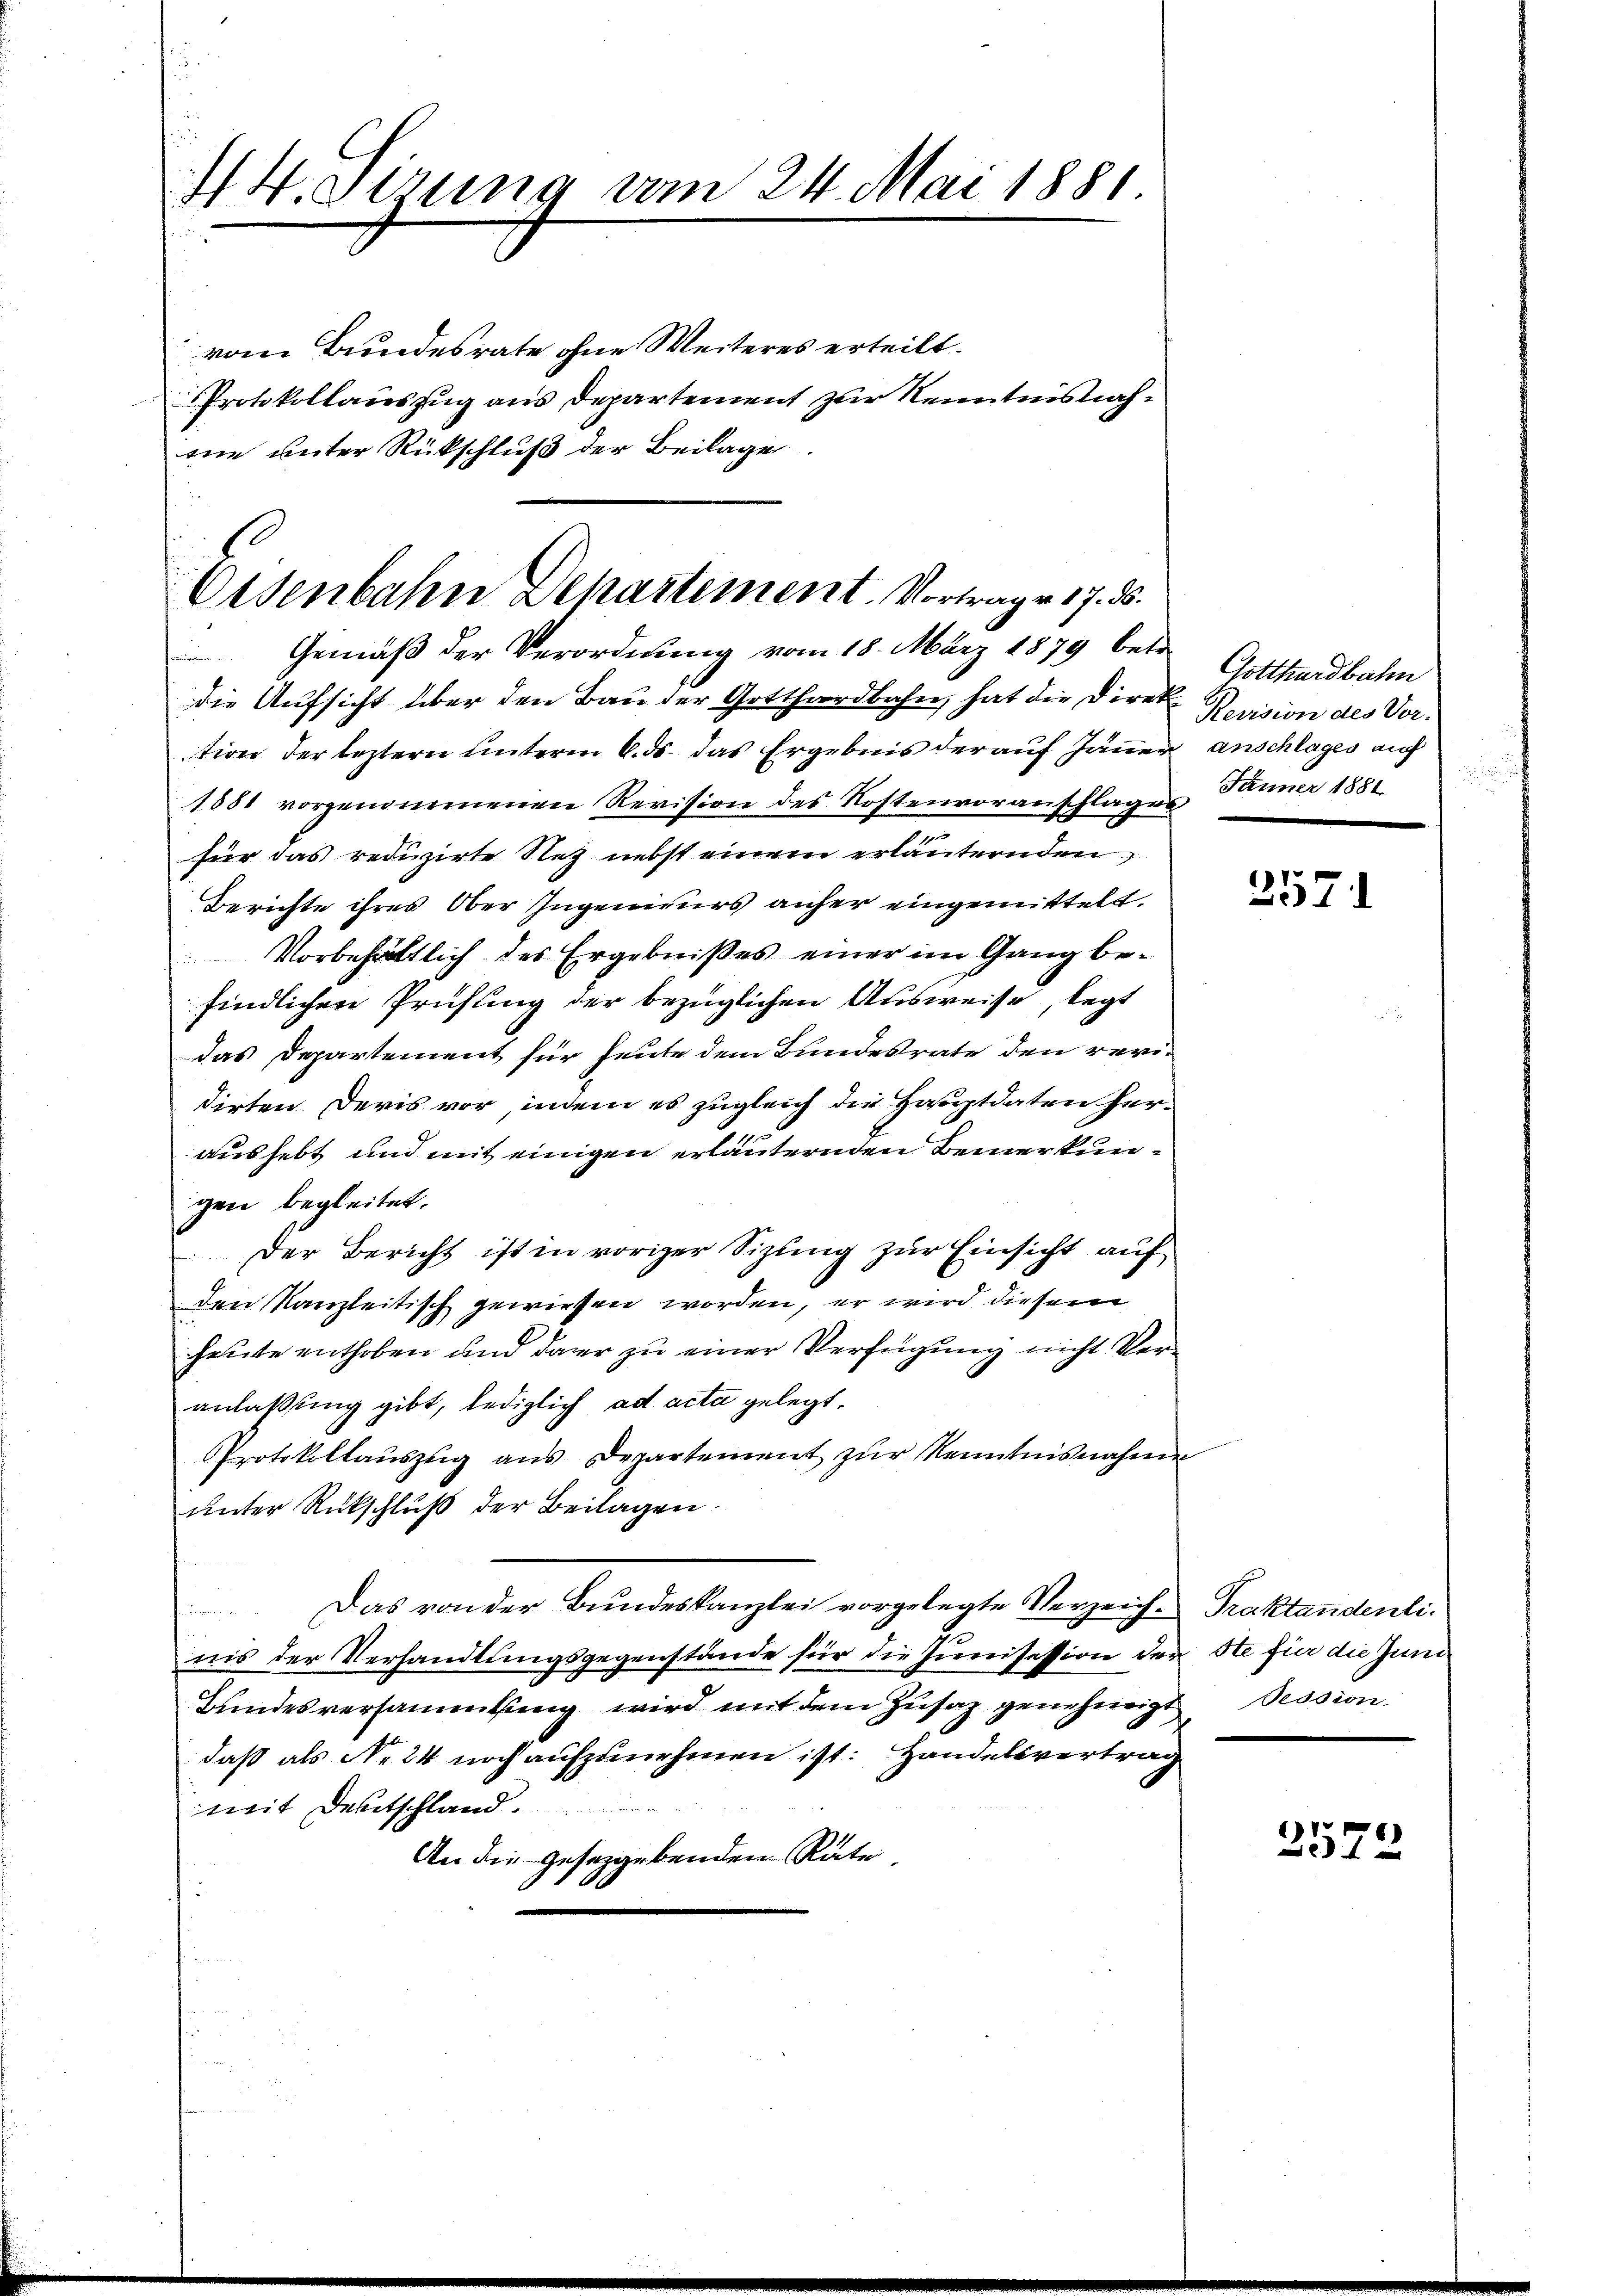
44. Derung vom 24. Mai 1881

vom Bundesrate ohne Weiteres erteilt.
Protokollauszug aus Departement zur Kenntnisnahme unter Rückschluß der Beilage.

Eisenbahn Departement. Vortrage 17. ds.

Gemäß der Verordnung vom 18. März 1879 betr
die Aufsicht über den Bau der Gotthardbahn, hat die Direkte Revision des Vortion der leztern unterm 6. ds. das Ergebnis der auf Jänner anschlages auf
1881 vorgenommenen Revision des Kostenvoranschlagen Jänner 1881
für das reduzirte Nez nebst einem erläuternden
Berichte ihres Ober Ingenieurs anher eingemittelt.
Vorbehältlich des Ergebnißes einer im Gang befindlichen Prüfung der bezüglichen Ausweise, legt
das Departement für heute dem Bundesrate den revi-
dirten Devis vor, indem es zugleich die Hauptdaten heraushebt und mit einigen erläuternden Bemerkungen begleitet.
Der Bericht ist in voriger Sizung zur Einsicht auf
den Kanzleitisch gewiesen worden, er wird diesem
heute enthoben und dar zu einer Verfügung nicht Veranlaßung gibt, lediglich ad acta gelegt.
Protokollauszug aus Departement zur Kenntnisnahme
unter Rückschluß der Beilagen.
Das von der Bundeskanzlei vorgelegte Verzeich- Traktandentinis der Verhandlungsgegenstände für die Junisession der ste für die Juni
Bundesversammlung wird mit dem Zusaz genehmigt. Dession
daß als No 24 noch aufzunehmen ist: Handelsvertrag
mit Deutschland.
An die gesetzgebenden Räte.

Gotthardbahn

2571

2572